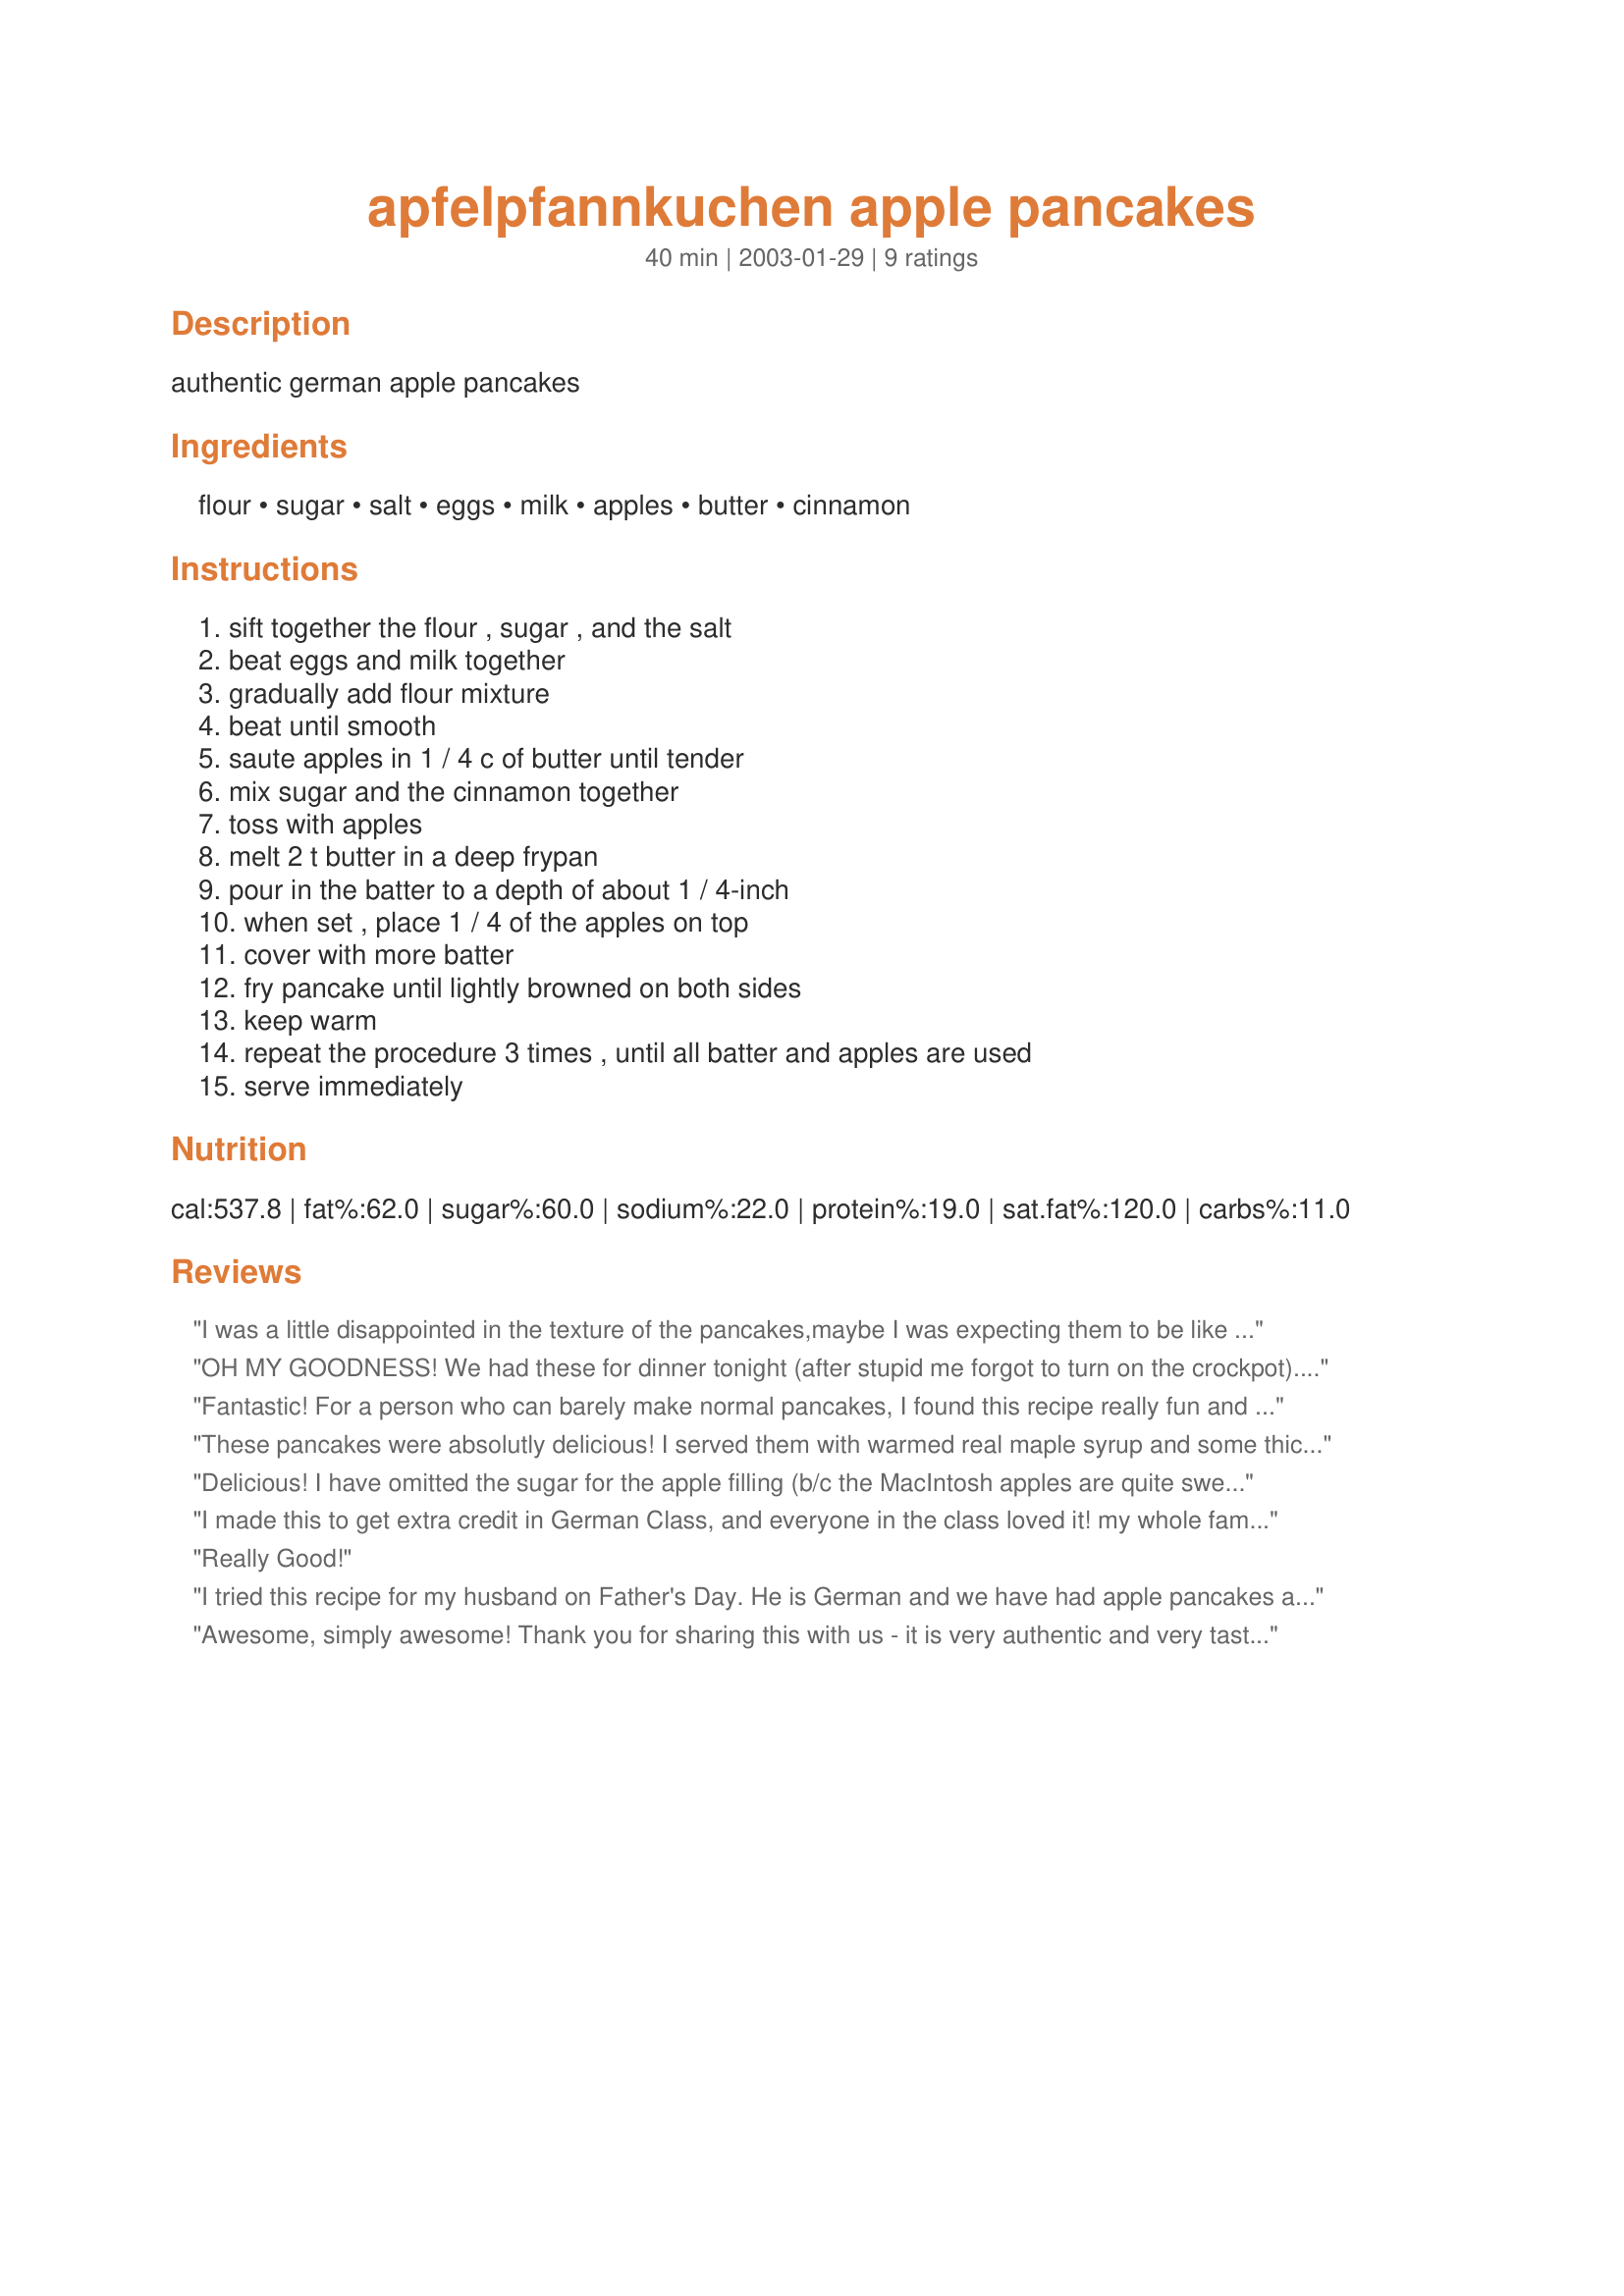
apfelpfannkuchen apple pancakes
Preparation time: 40 minutes

authentic german apple pancakes

Ingredients:
flour, sugar, salt, eggs, milk, apples, butter, cinnamon

Steps:
sift together the flour , sugar , and the salt, beat eggs and milk together, gradually add flour mixture, beat until smooth, saute apples in 1 / 4 c of butter until tender, mix sugar and the cinnamon together, toss with apples, melt 2 t butter in a deep frypan, pour in the batter to a depth of about 1 / 4-inch, when set , place 1 / 4 of the apples on top, cover with more batter, fry pancake until lightly browned on both sides, keep warm, repeat the procedure 3 times , until all batter and apples are used, serve immediately

Reviews:
I was a little disappointed in the texture of the pancakes,maybe I was expecting them to be like my regular batter....but with no baking powder to make them rise,they seemed too eggy as well.I did love the apple mixture which I would use with my regular pancake batter.I will try them again with less eggs and see how they turn out.
OH MY GOODNESS! We had these for dinner tonight (after stupid me forgot to turn on the crockpot). DS decided he wanted apple pancakes and chose this. To die for! Tastes just like the ones we have gotten for breakfast at a local restaurant. DS had TWO of these wonderfully tasty and HUGE pancakes! Thanks Bethany!!! 
BTW, I am making these again when my mom comes to visit. MY MOM! If that doesn't tell you these are incredible, nothing will!
Fantastic! For a person who can barely make normal pancakes, I found this recipe really fun and easy to follow. Adding temperatures and timing may have helped, but I ended up figuring it out quickly on my stove. I ate it without any maple syrup; I found that the apples, cinnamon, and sugar were satisfying enough. The taste reminded me of waffles I used to make. Pretty darn good!
These pancakes were absolutly delicious! I served them with warmed real maple syrup and some thick slab cut bacon. We easily could have licked our plates clean. Thank you for sharing this recipe!
Delicious! I have omitted the sugar for the apple filling (b/c the MacIntosh apples are quite sweet already), and using only about 1Tbsp butter to sautee apples, and then brush about 1/2 tsp on pan for each pancake made. I serve them with thick slices of bacon, and maple syrup... MmmMmmm, thanks for sharing!
I made this to get extra credit in German Class, and everyone in the class loved it! my whole family loves it too!
Really Good!
I tried this recipe for my husband on Father's Day. He is German and we have had apple pancakes at his mom's many times. This is nothing like what she makes. It has way too many eggs and seemed more like an omelette than a pancake. Gross.
Awesome, simply awesome! Thank you for sharing this with us - it is very authentic and very tasty and easy to make!
